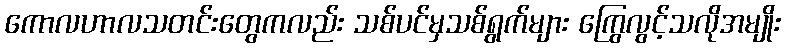
ကောလဟာလသတင်းတွေကလည်း သစ်ပင်မှသစ်ရွက်များ ကြွေလွင့်သလိုအမျိုး